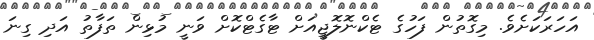
އަހަރަކަށެވެ. މިގޮތުން ފަހުގެ ޓެކްނޮލޮޖީއަށް ޓާގެޓްކޮށް ވަނީ މުޅިން ތަފާތު އަދި ގިނަ